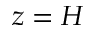
z = H